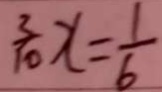
\frac { 3 } { 1 0 } x = \frac { 1 } { 6 }